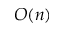
O ( n )